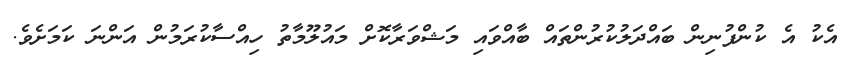
އެކު އެ ކުންފުނިން ބައްދަލުކުރުންތައް ބާއްވައި މަޝްވަރާކޮށް މައުލޫމާތު ހިއްސާކުރަމުން އަންނަ ކަމަށެވެ.